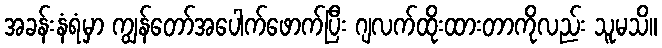
အခန်းနံရံမှာ ကျွန်တော်အပေါက်ဖောက်ပြီး ဂျလက်ထိုးထားတာကိုလည်း သူမသိ။